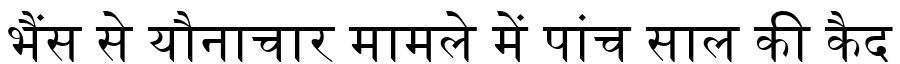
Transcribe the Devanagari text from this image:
भैंस से यौनाचार मामले में पांच साल की कैद